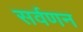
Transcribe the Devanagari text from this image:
सर्वणन